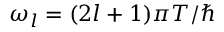
\omega _ { l } = ( 2 l + 1 ) \pi T / \hbar